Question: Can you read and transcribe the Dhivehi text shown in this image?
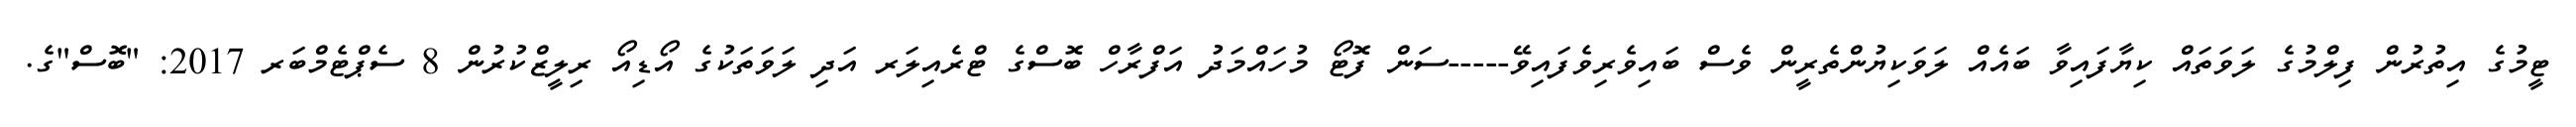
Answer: ޓީމުގެ އިތުރުން ފިލްމުގެ ލަވަތައް ކިޔާފައިވާ ބައެއް ލަވަކިޔުންތެރީން ވެސް ބައިވެރިވެފައިވޭ-----ސަން ފޮޓޯ މުހައްމަދު އަފްރާހް ބޮސްގެ ޓްރެއިލަރ އަދި ލަވަތަކުގެ އޯޑިއޯ ރިލީޒްކުރުން 8 ސެޕްޓެމްބަރ 2017: "ބޮސް"ގެ.